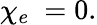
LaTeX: \chi_{e}\ =0.